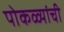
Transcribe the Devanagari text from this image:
पोकळ्यांची